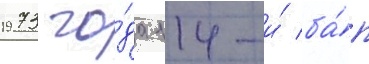
1973 го́да 114-и́ ба́п